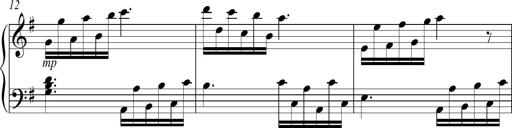
Title: Sonatina no. 2
Composer: Brian Henderson-Sellers
Key: G major